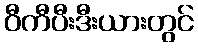
ဝီကီပီးဒီးယားတွင်